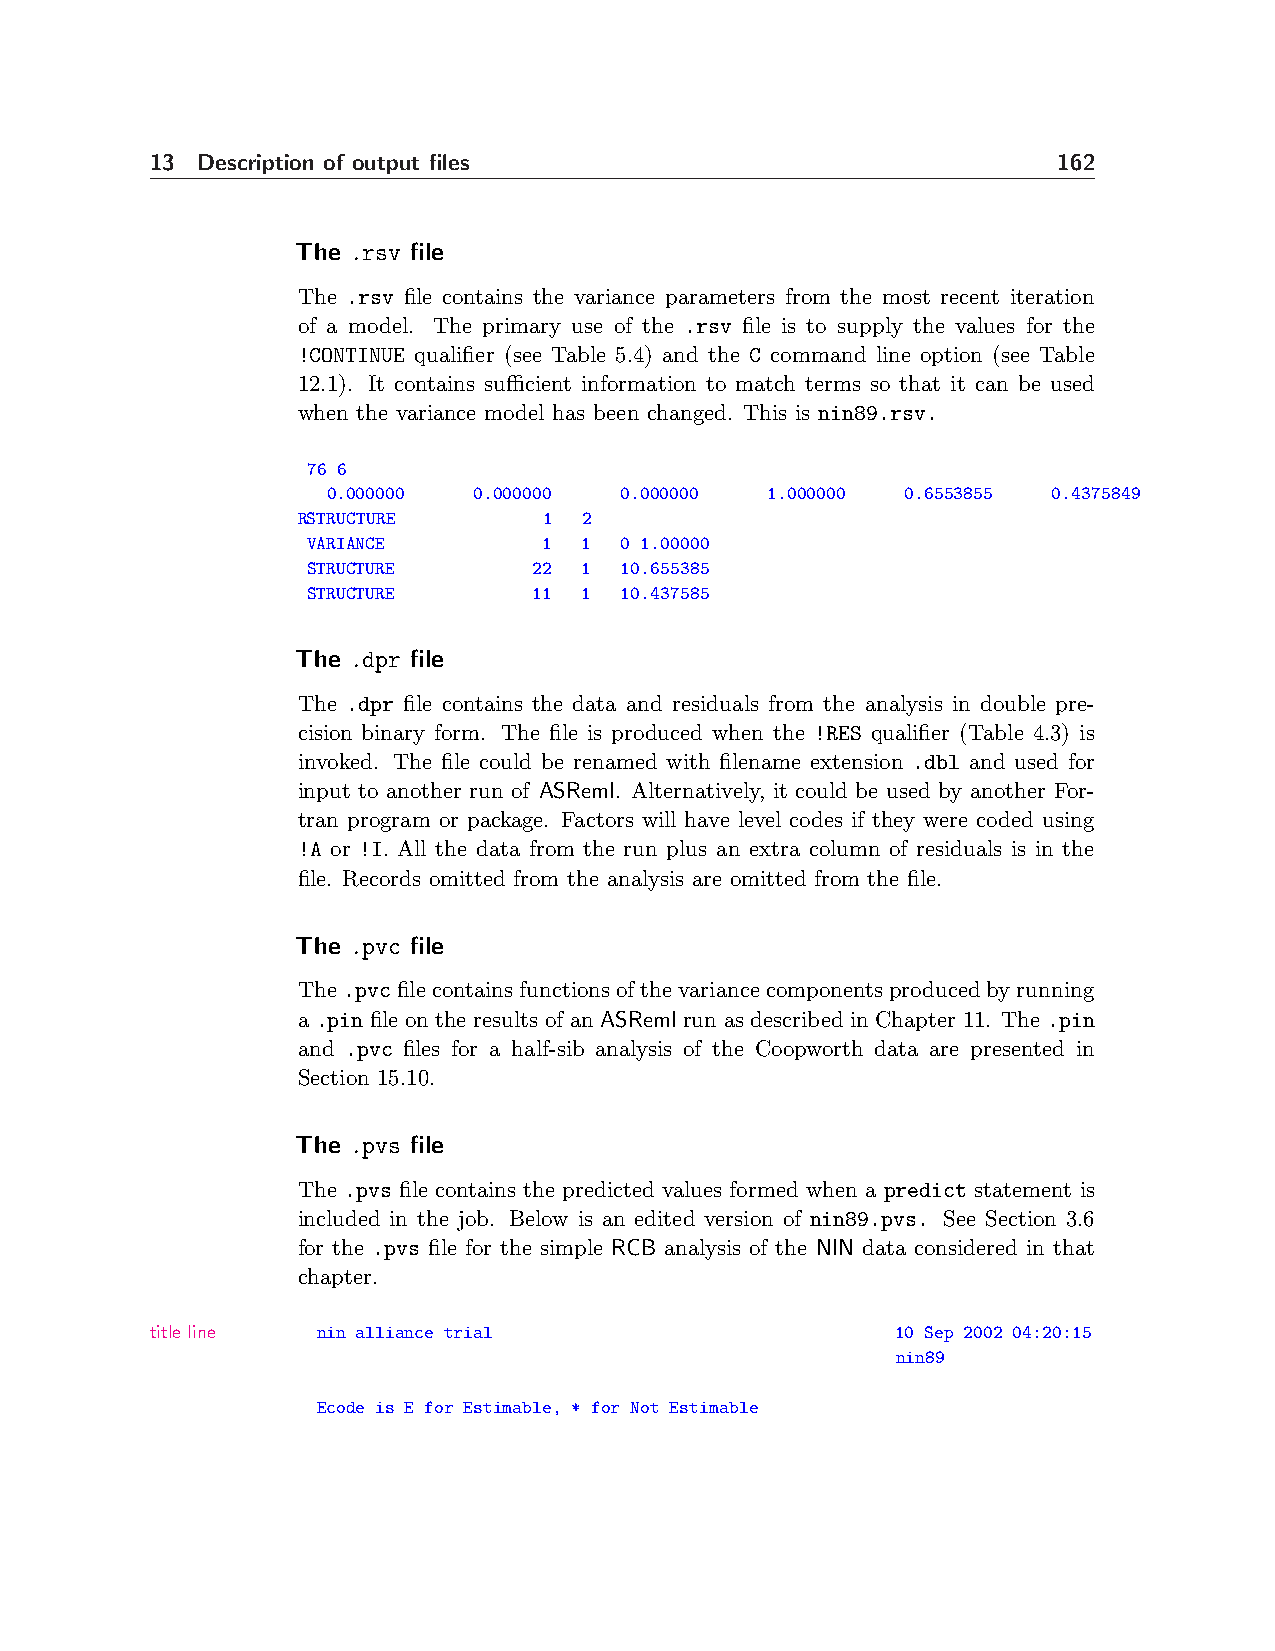
13 Description of output files                              162
 The .rsv file
 The .rsv file contains the variance parameters from the most recent iteration
 of a model. The primary use of the .rsv file is to supply the values for the
 !CONTINUE qualifier (see Table 5.4) and the C command line option (see Table
 12.1). It contains sufficient information to match terms so that it can be used
 when the variance model has been changed. This is nin89.rsv.
 76 6
 0.000000 0.000000  0.000000  1.000000 0.6553855 0.4375849
 RSTRUCTURE      1  2
 VARIANCE        1  1 0 1.00000
 STRUCTURE      22  1 10.655385
 STRUCTURE      11  1 10.437585
 The .dpr file
 The .dpr file contains the data and residuals from the analysis in double pre-
 cision binary form. The file is produced when the !RES qualifier (Table 4.3) is
 invoked. The file could be renamed with filename extension .dbl and used for
 input to another run of ASReml. Alternatively, it could be used by another For-
 tran program or package. Factors will have level codes if they were coded using
 !A or !I. All the data from the run plus an extra column of residuals is in the
 file. Records omitted from the analysis are omitted from the file.
 The .pvc file
 The.pvcfilecontainsfunctionsofthevariancecomponentsproducedbyrunning
 a .pin file on the results of an ASReml run as described in Chapter 11. The .pin
 and .pvc files for a half-sib analysis of the Coopworth data are presented in
 Section 15.10.
 The .pvs file
 The .pvs file contains the predicted values formed when a predict statement is
 included in the job. Below is an edited version of nin89.pvs. See Section 3.6
 for the .pvs file for the simple RCB analysis of the NIN data considered in that
 chapter.
 title line nin alliance trial                    10 Sep 2002 04:20:15
 nin89
 Ecode is E for Estimable, * for Not Estimable